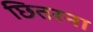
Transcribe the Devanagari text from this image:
छितरना